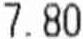
7.80